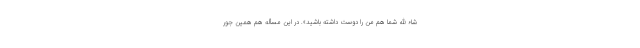
شاء الله شما هم من را دوست داشته باشید». در این مسأله هم همین جور